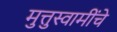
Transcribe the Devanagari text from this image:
मुत्तुस्वामींचे